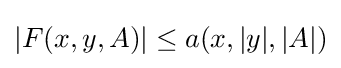
|F(x,y,A)|\leq a(x,|y|,|A|)